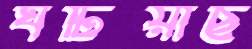
ঘটিয়াছ